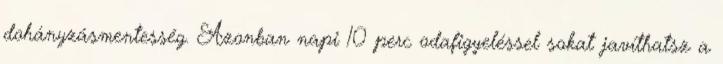
dohányzásmentesség. Azonban napi 10 perc odafigyeléssel sokat javíthatsz a